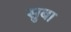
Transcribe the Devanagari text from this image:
सुबा